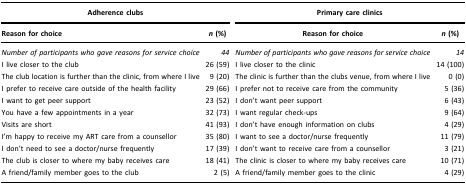
| <COLSPAN=2> Adherence clubs | <COLSPAN=2> Primary care clinics |
 | Reason for choice | n (%) | Reason for choice | n (%) |
 | --- | --- | --- | --- |
 | Number of participants who gave reasons for service choice | 44 | Number of participants who gave reasons for service choice | 14 |
 | I live closer to the club | 26 (59) | I live closer to the clinic | 14 (100) |
 | The club location is further than the clinic, from where I live | 9 (20) | The clinic is further than the clubs venue, from where I live | 0 (0) |
 | I prefer to receive care outside of the health facility | 29 (66) | I prefer not to receive care from the community | 5 (36) |
 | I want to get peer support | 23 (52) | I don’t want peer support | 6 (43) |
 | You have a few appointments in a year | 32 (73) | I want regular check-ups | 9 (64) |
 | Visits are short | 41 (93) | I don’t have enough information on clubs | 4 (29) |
 | I’m happy to receive my ART care from a counsellor | 35 (80) | I want to see a doctor/nurse frequently | 11 (79) |
 | I don’t need to see a doctor/nurse frequently | 17 (39) | I don’t want to receive care from a counsellor | 3 (21) |
 | The club is closer to where my baby receives care | 18 (41) | The clinic is closer to where my baby receives care | 10 (71) |
 | A friend/family member goes to the club | 2 (5) | A friend/family member goes to the clinic | 4 (29) |